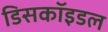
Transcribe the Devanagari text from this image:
डिसकॉइडल